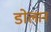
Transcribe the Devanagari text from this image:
डोलान